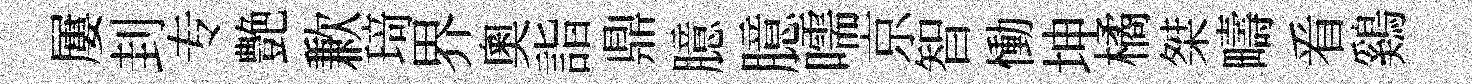
屢刲专艶歉𤦺界奧詣鼎臆臆嚅京智慟坤橘桀疇㸔鷄